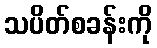
သပိတ်စခန်းကို